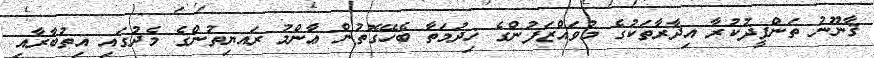
ޤާނޫނު ތަންފީޛުކުރާ އިދާރާތަކުގެ މުވައްޒަފުންގެ ޚިދުމަތާ ބެހޭގޮތުން ޢާންމު ރައޔިތުންގެ މެދުގައި އިތުބާރާއި